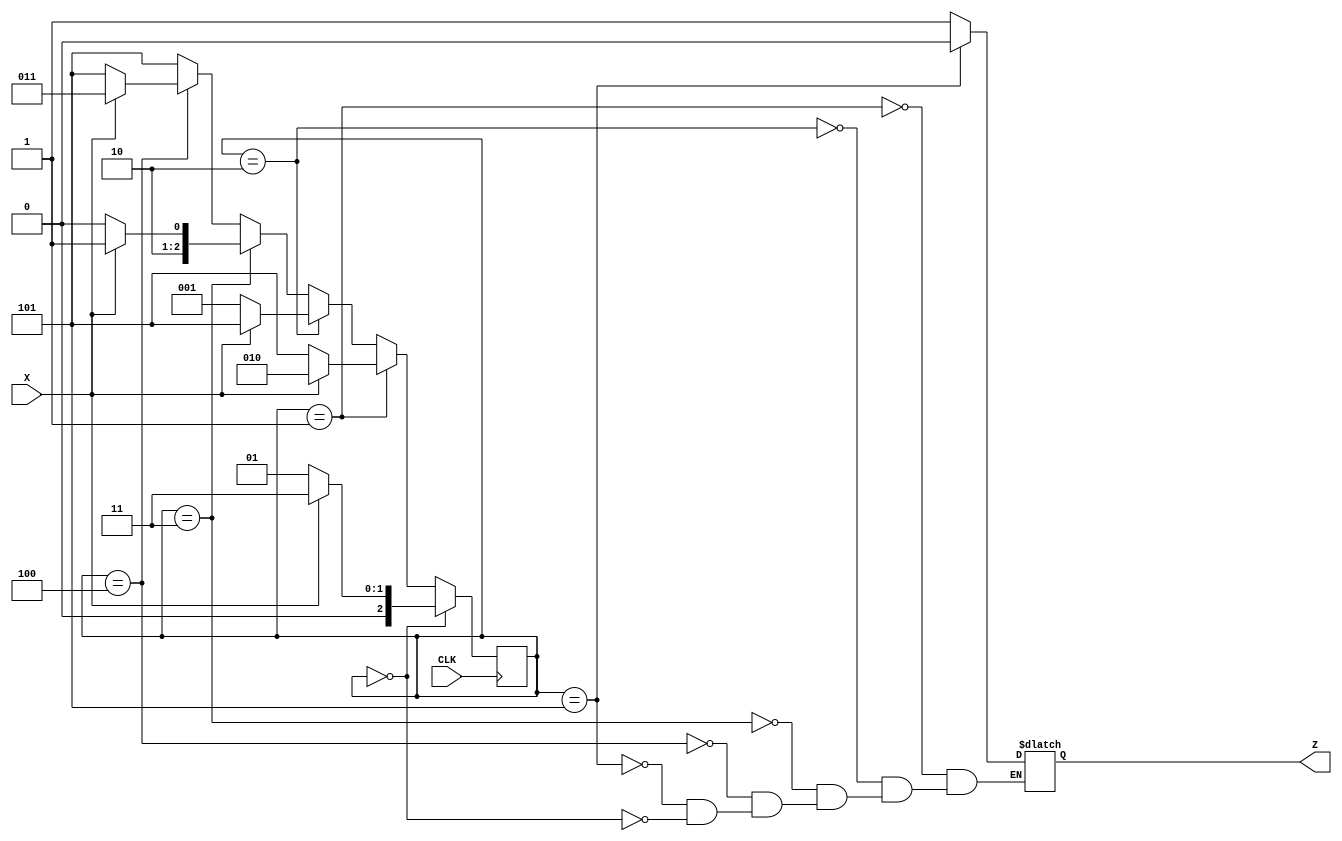
module fsm(CLK,X,Z);
input CLK,X;
output Z;
reg Z;
initial begin
    Z=1'b1;
end
reg [2:0] CS;
parameter Start = 3'b000; // define state Start with binary value 000
initial begin
    CS= Start;
end
parameter S0 = 3'b001; // define state S0 with binary value 001
parameter S1 = 3'b010; // define state S1 with binary value 010
parameter T0 = 3'b011; // define state T0 with binary value 011
parameter T1 = 3'b100; // define state T1 with binary value 100
parameter Reject = 3'b101; // define state Reject with binary value 101

// State transitions
always @ (posedge CLK)
begin
        if (CS == Start) // IF-ELSE form
            begin
                if (X == 1) CS = T0;
                else CS = S0;
            end
        else if (CS == S0)
            begin
                if (X == 0) CS = Reject;
                else CS = S1;
            end
        else if (CS == S1)
            begin
                if (X == 1) CS = Reject;
                else CS = S0;
            end
        else if (CS == T0)
            begin
                if (X == 0) CS = T1;
                else CS = Reject;
            end
        else if (CS == T1)
            begin
                if (X == 0) CS = Reject;
                else CS = T0;
            end
        else if (CS == Reject)
            begin
                CS = Reject;
            end
        else 
            begin
                CS = Reject;
                
            end
end

always @ (CS)
begin //CASE statement form
case (CS) // CASE (selector)
S0: begin
Z = 1'b1;
end
S1: begin
Z = 1'b1;
end
T0: begin
Z = 1'b1;
end
T1: begin
Z = 1'b1;
end
Reject: begin
Z = 1'b0;
end
Start: begin
Z = 1'b1;
end
endcase
end
endmodule